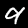
Label: 9